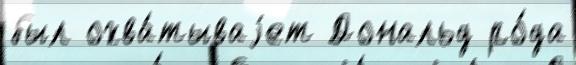
был охва́тываjет Дональд ро́да